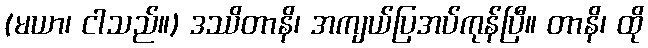
(မယာ၊ ငါသည်။) ဒဿိတာနိ၊ အကျယ်ပြအပ်ကုန်ပြီ။ တာနိ၊ ထို